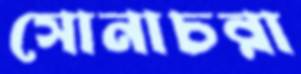
সোনাচরা